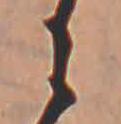
に